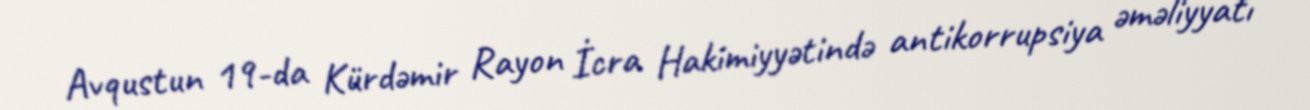
Avqustun 19-da Kürdəmir Rayon İcra Hakimiyyətində antikorrupsiya əməliyyatı